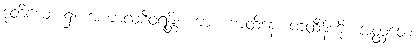
ဒုတိယေ၊ ၌။ အကာလစီဝရန္တိ၊ ကား။ ကထိနေ၊ ကထိန်ကို။ အတ္ထတေ၊